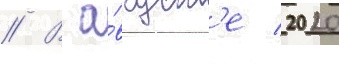
// В а́вгуст'е 2020